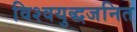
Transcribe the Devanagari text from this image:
विश्वयुद्धजनित